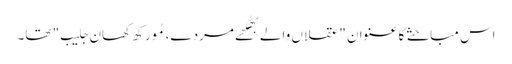
اس مباحثے کا عنوان "عقلاں والے بھُکھے مردے، مُورکھ کھان جلیب" تھا۔